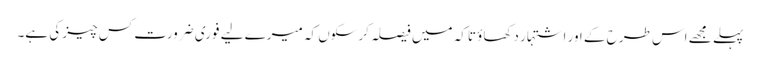
پہلے مجھے اس طرح کے اور اشتہار دکھاؤ تاکہ میں فیصلہ کرسکوں کہ میرے لیے فوری ضرورت کس چیز کی ہے۔